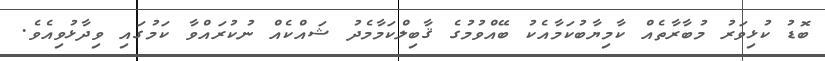
ބޮޑު ކުޅިވަރު މުބާރާތެއް ކާމިޔާބުކަމާއެކު ބޭއްވުމުގެ ޤާބިލްކަމާމެދު ޝައްކެއް ނުކުރައްވާ ކަމުގައި ވިދާޅުވިއެވެ.